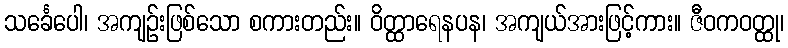
သင်္ခေပေါ၊ အကျဉ်းဖြစ်သော စကားတည်း။ ဝိတ္ထာရေနပန၊ အကျယ်အားဖြင့်ကား။ ဇီဝကဝတ္ထု၊